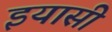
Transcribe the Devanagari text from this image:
इयासी